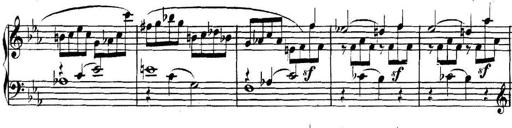
Title: Collected Piano Sonatas
Composer: Muzio Clementi